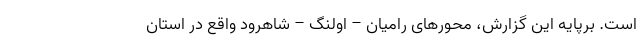
است. برپایه این گزارش، محورهای رامیان – اولنگ – شاهرود واقع در استان